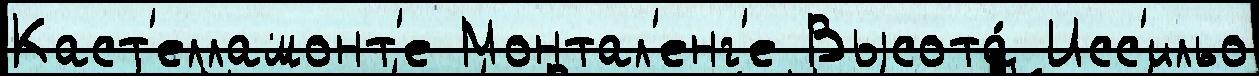
Каст'елламонт'е Монтал'енг'е Высота́ Исс'ильо